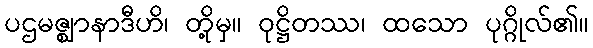
ပဌမဇ္ဈာနာဒီဟိ၊ တို့မှ။ ဝုဋ္ဌိတဿ၊ ထသော ပုဂ္ဂိုလ်၏။